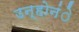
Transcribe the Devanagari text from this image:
उन्होनंे